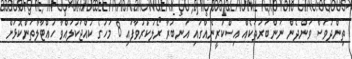
ތިންދުވަސް ވަންދެން ނަންބަރުތަކެއް އިސްކުރީނެއްގައި އަނބުރާ ރޯލުކުރުވާފައި 8 މަހުގެ ކުއްޖަކުލައްވާ ހުއްޓާލާތަންކޮޅަށް